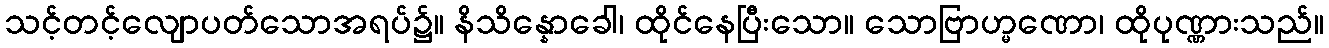
သင့်တင့်လျောပတ်သောအရပ်၌။ နိသိန္နောခေါ၊ ထိုင်နေပြီးသော။ သောဗြာဟ္မဏော၊ ထိုပုဏ္ဏားသည်။